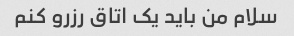
سلام من باید یک اتاق رزرو کنم